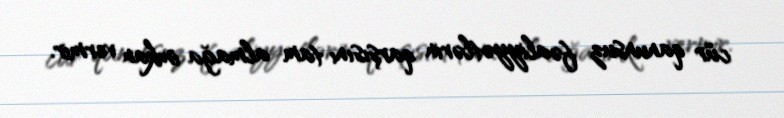
cür qanunsuz fəaliyyətlərin qarşısını tam almağa imkan vermir.